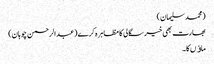
(محمد سلیمان)
بھارت بھی خیر سگالی کا مظاہر ہ کرے(عبدالرحمن چوہان)
ماﺅں کا۔